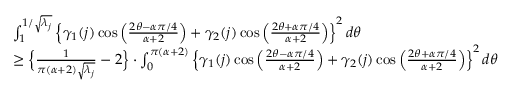
\begin{array} { r l } & { \int _ { 1 } ^ { 1 / \sqrt { \lambda _ { j } } } \left\{ \gamma _ { 1 } ( j ) \cos \Big ( \frac { 2 \theta - \alpha \pi / 4 } { \alpha + 2 } \Big ) + \gamma _ { 2 } ( j ) \cos \Big ( \frac { 2 \theta + \alpha \pi / 4 } { \alpha + 2 } \Big ) \right\} ^ { 2 } d \theta } \\ & { \geq \Big \{ \frac { 1 } { \pi ( \alpha + 2 ) \sqrt { \lambda _ { j } } } - 2 \Big \} \cdot \int _ { 0 } ^ { \pi ( \alpha + 2 ) } \left\{ \gamma _ { 1 } ( j ) \cos \Big ( \frac { 2 \theta - \alpha \pi / 4 } { \alpha + 2 } \Big ) + \gamma _ { 2 } ( j ) \cos \Big ( \frac { 2 \theta + \alpha \pi / 4 } { \alpha + 2 } \Big ) \right\} ^ { 2 } d \theta } \end{array}